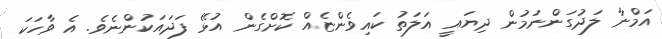
އަމްނާ ލަދުގަންނަމުން ދިޔައީ އަލަތު ކައިވެންޏެއް ކޮށްގެން އުޅޭ ފަދައަކުންނެވެ. އެ ވާހަކަ